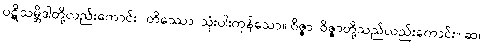
ပဋိသမ္ဘိဒါတို့လည်းကောင်း။ တိဿော၊ သုံးပါးကုန်သော။ ဝိဇ္ဇာ၊ ဝိဇ္ဇာတို့သည်လည်းကောင်း။ ဆ၊